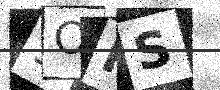
Text: 9OPS